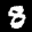
Label: 8